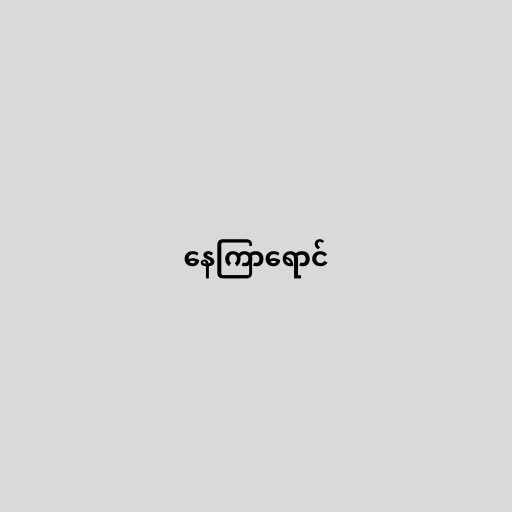
နေကြာရောင်